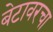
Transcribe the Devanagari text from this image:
बेटावरचा